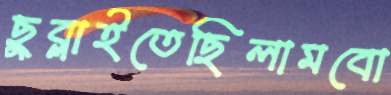
ছুব্‌লাইতেছিলামবো